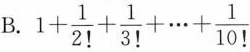
B.$$1 + \frac { 1 } { 2 ! } + \frac { 1 } { 3